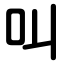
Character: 叫